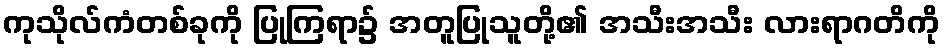
ကုသိုလ်ကံတစ်ခုကို ပြုကြရာ၌ အတူပြုသူတို့၏ အသီးအသီး လားရာဂတိကို